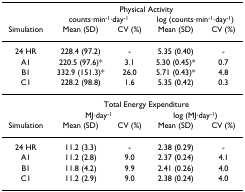
|  | <COLSPAN=4> Physical Activity |
 |  | <COLSPAN=2> counts·min-1·day-1 | <COLSPAN=2> log (counts·min-1·day-1) |
 | Simulation | Mean (SD) | CV (%) | Mean (SD) | CV (%) |
 | --- | --- | --- | --- | --- |
 | 24 HR | 228.4 (97.2) | - | 5.35 (0.40) | - |
 | A1 | 220.5 (97.6)* | 3.1 | 5.30 (0.45)* | 0.7 |
 | B1 | 332.9 (151.3)* | 26.0 | 5.71 (0.43)* | 4.8 |
 | C1 | 228.2 (98.8) | 1.6 | 5.35 (0.42) | 0.3 |
 |  | <COLSPAN=4> Total Energy Expenditure |
 |  | <COLSPAN=2> MJ·day-1 | <COLSPAN=2> log (MJ·day-1) |
 | Simulation | Mean (SD) | CV (%) | Mean (SD) | CV (%) |
 | 24 HR | 11.2 (3.3) | - | 2.38 (0.29) | - |
 | A1 | 11.2 (2.8) | 9.0 | 2.37 (0.24) | 4.1 |
 | B1 | 11.8 (4.2) | 9.9 | 2.41 (0.26) | 4.0 |
 | C1 | 11.2 (2.9) | 9.0 | 2.38 (0.24) | 4.0 |